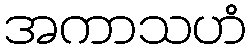
အကာသဟံ